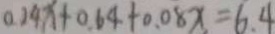
0 . 2 4 x + 0 . 6 4 + 0 . 0 8 x = 6 . 4